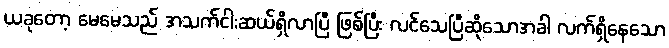
ယခုတော့ မေမေသည် အသက်ငါးဆယ်ရှိလာပြီ ဖြစ်ပြီး လင်သေပြီဆိုသောအခါ လက်ရှိနေသော